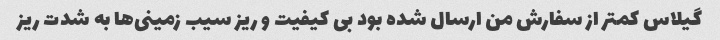
گیلاس کمتر از سفارش من ارسال شده بود بی کیفیت و ریز سیب زمینی‌ها به شدت ریز